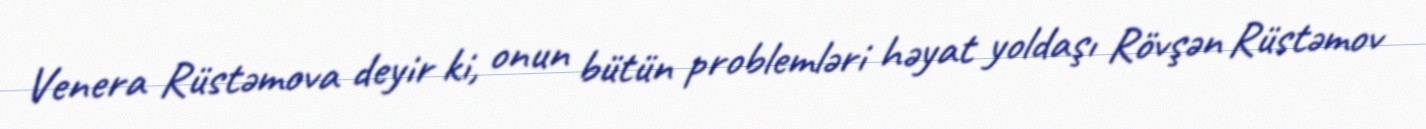
Venera Rüstəmova deyir ki, onun bütün problemləri həyat yoldaşı Rövşən Rüstəmov